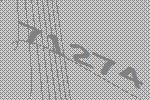
71274